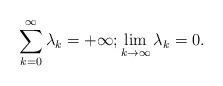
LaTeX: \begin{align*}\sum_{k=0}^{\infty}\lambda_k=+\infty; \lim_{k \to \infty} \lambda_k = 0.\end{align*}